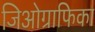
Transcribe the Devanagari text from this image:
जिओग्राफिका